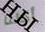
أكلنا